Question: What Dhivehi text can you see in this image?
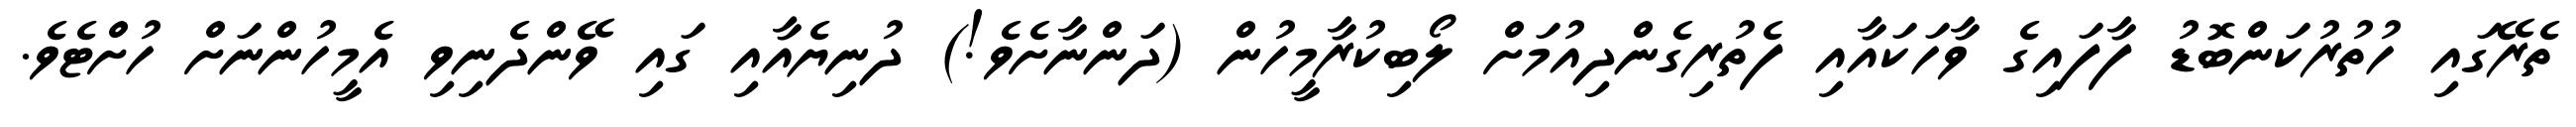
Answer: ތެރޭގައި ހުތުރުކަންބޮޑު ފާފައިގެ ވާހަކައާއި ފެތުރިގެންދިއުމަށް ލޯބިކުރާމީހުން (ދަންނާށެވެ!) ދުނިޔެއާއި ގައި ވޭންދެނިވި އެމީހުންނަށް ހުށްޓެވެ.